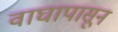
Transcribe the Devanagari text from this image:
वाघापासून